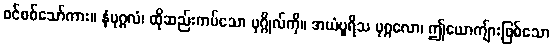
စင်စစ်သော်ကား။ နံပုဂ္ဂလံ၊ ထိုဆည်းကပ်သော ပုဂ္ဂိုလ်ကို။ အယံပူရိသ ပုဂ္ဂလော၊ ဤယောကျ်ားဖြစ်သော